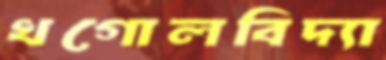
খগোলবিদ্যা